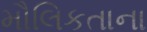
મૌલિકતાના